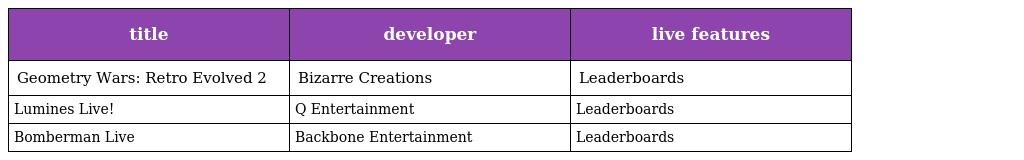
| title | developer | live features |
 | --- | --- | --- |
 | Geometry Wars: Retro Evolved 2 | Bizarre Creations | Leaderboards |
 | Lumines Live! | Q Entertainment | Leaderboards |
 | Bomberman Live | Backbone Entertainment | Leaderboards |